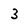
Character: 3